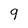
Character: 9